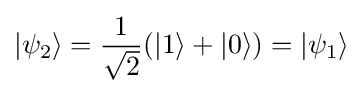
|\psi _{2}\rangle ={\frac {1}{\sqrt {2}}}(|1\rangle +|0\rangle )=|\psi _{1}\rangle